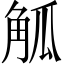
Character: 觚